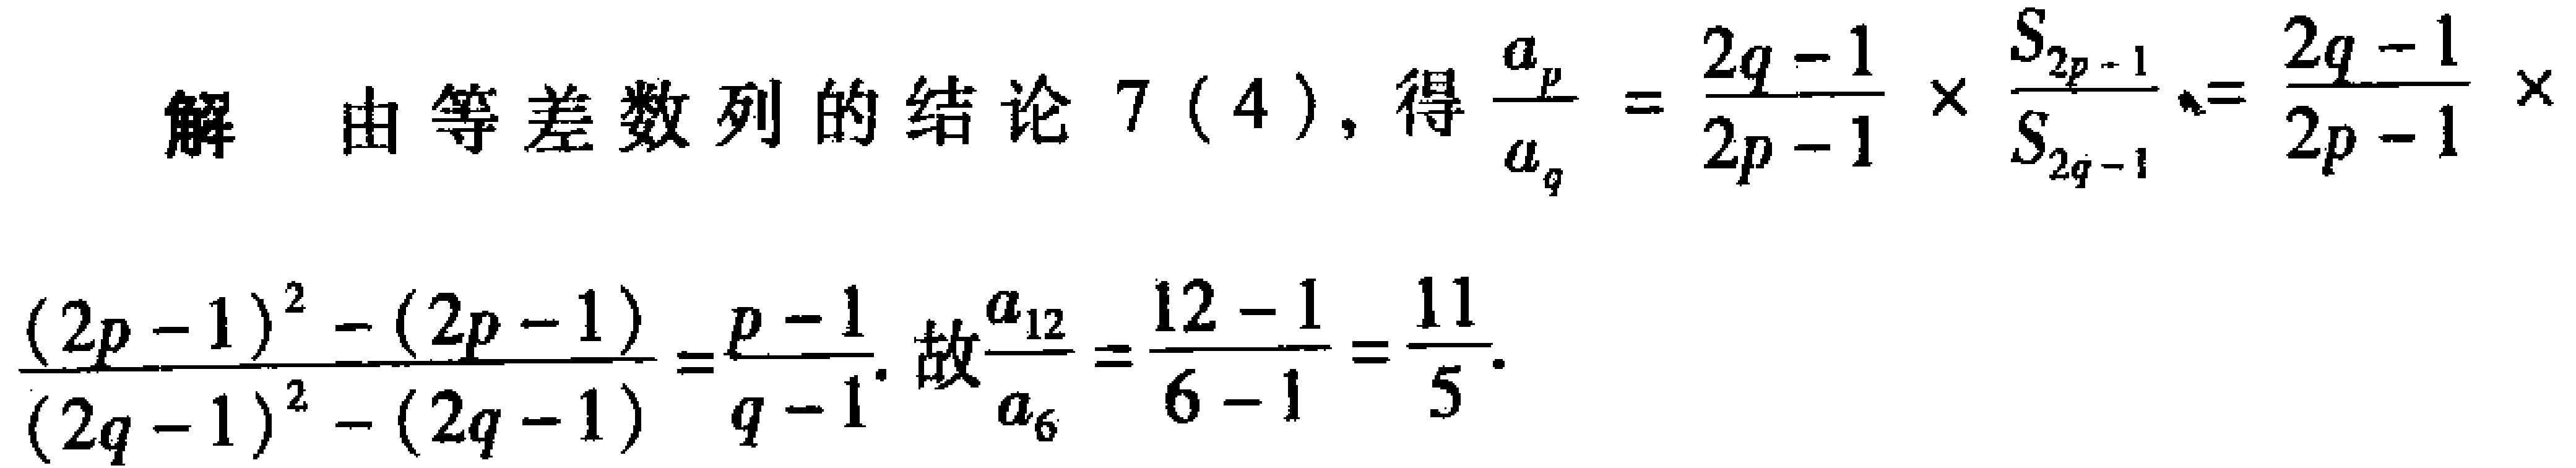
解 由等差数列的结论 7 (4), 得$\frac{a_{p}}{a_{q}}=\frac{2q - 1}{2p - 1}\times\frac{S_{2p - 1}}{S_{2q - 1}}=\frac{2q - 1}{2p - 1}\times\frac{(2p - 1)^{2}-(2p - 1)}{(2q - 1)^{2}-(2q - 1)}=\frac{p - 1}{q - 1}$. 故$\frac{a_{12}}{a_{6}}=\frac{12 - 1}{6 - 1}=\frac{11}{5}$.